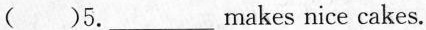
( )5.___makes nice cakes.